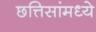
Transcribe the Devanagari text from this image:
छत्तिसांमध्ये